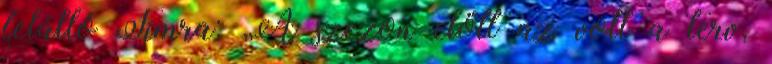
felálló Timra: „A szezon előtt az volt a terv,